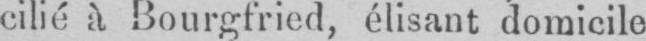
cilié à Bourgfried, élisant domicile